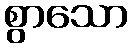
စွာသော